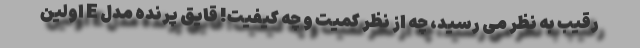
رقیب به نظر می رسید، چه از نظر کمیت و چه کیفیت! قایق پرنده مدل E اولین